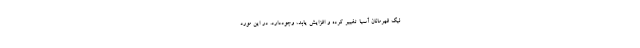
لیگ قهرمانان آسیا تغییر کرده و افزایش یابد، وجوددارد. در این مورد